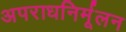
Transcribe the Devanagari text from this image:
अपराधनिर्मूलन